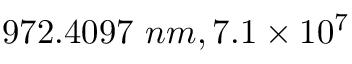
9 7 2 . 4 0 9 7 ~ n m , 7 . 1 \times 1 0 ^ { 7 }